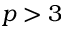
p > 3